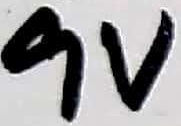
Text: 9V